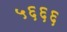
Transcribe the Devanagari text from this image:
५६६६